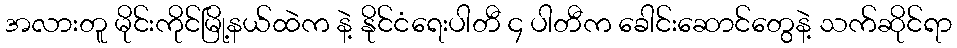
အလားတူ မိုင်းကိုင်မြို့နယ်ထဲက နဲ့ နိုင်ငံရေးပါတီ ၄ ပါတီက ခေါင်းဆောင်တွေနဲ့ သက်ဆိုင်ရာ